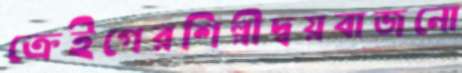
ক্রেইগেরশিল্পীদ্বয়বাজনো